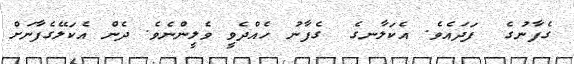
ގެފާނުގެ  ފަދައެވެ. އެކަލާނގެ  ގެފާނު ހެއްދެވީ ވެލީންނެވެ. ދެން އެކަލޭގެފާނަށް